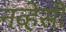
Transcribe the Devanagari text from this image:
नव्हेसी